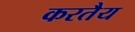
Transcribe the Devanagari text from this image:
करतैय